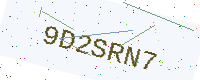
Text: 9D2SRN7